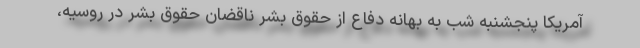
آمریکا پنجشنبه شب به بهانه دفاع از حقوق بشر ناقضان حقوق بشر در روسیه،